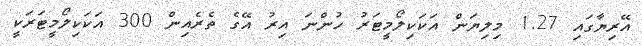
އޭރިޔާގައި 1.27 މިލިޔަން އަކަކިލޯމީޓަރު ހުންނަ އިރު އޭގެ ތެރެއިން 300 އަކަކިލޯމީޓަރަކީ